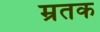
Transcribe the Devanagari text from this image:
म्रतक